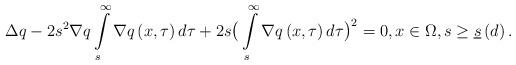
LaTeX: \begin{align*}\Delta q-2s^{2}\nabla q\int\limits_{s}^{\infty }\nabla q\left( x,\tau\right) d\tau +2s\big(\int\limits_{s}^{\infty }\nabla q\left( x,\tau \right)d\tau \big)^{2}=0,x\in \Omega ,s\geq \underline{s}\left( d\right) .\end{align*}